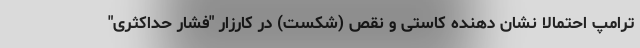
ترامپ احتمالاً نشان دهنده کاستی و نقص (شکست) در کارزار "فشار حداکثری"